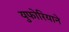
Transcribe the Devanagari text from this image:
युफोरियाने